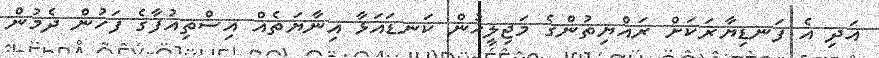
އަދި އެ ފަނޑިޔާރަކަށް ރައްޔިތުންގެ މަޖިލީހުން ކަނޑައަޅާ އިނާޔަތެއް އިސްތިއުފާގެ ފަހުން ދެމުން